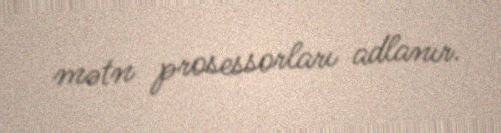
mətn prosessorları adlanır.